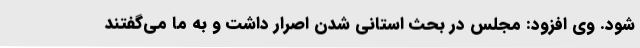
شود. وی افزود: مجلس در بحث استانی شدن اصرار داشت و به ما می‌گفتند